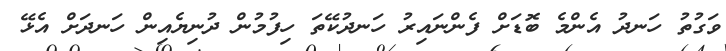
ވަގުތު ހަނދު އެންމެ ބޮޑަށް ފެންނައިރު ހަނދުކޭތަ ހިފުމުން ދުނިޔެއިން ހަނދަށް އެޅޭ